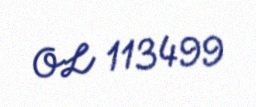
OL 113499